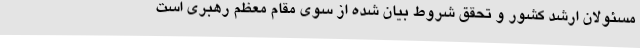
مسئولان ارشد کشور و تحقق شروط بیان شده از سوی مقام معظم رهبری است